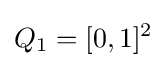
Q_{1}=[0,1]^{2}